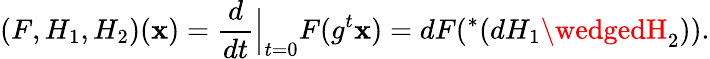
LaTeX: (F,H_{1},H_{2})(\mathbf{x})=\frac{{d}}{{dt}}\Big|_{t=0}F(g^{t}\mathbf{x})=dF(^{*}(dH_{1}\wedgedH_{2})).